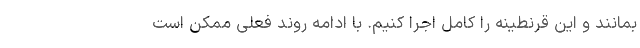
بمانند و این قرنطینه را کامل اجرا کنیم. با ادامه روند فعلی ممکن است